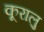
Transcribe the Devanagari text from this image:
कूरालु